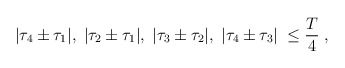
\begin{align*}| {\tau}_4 \pm {\tau}_1 |, \; | {\tau}_2 \pm {\tau}_1 |, \; | {\tau}_3 \pm {\tau}_2 |, \; | {\tau}_4 \pm {\tau}_3 | \; \leq \frac{T}{4} \; ,\end{align*}